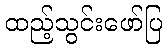
ထည့်သွင်းဖော်ပြ